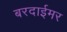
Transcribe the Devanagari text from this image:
बरदाईमर